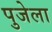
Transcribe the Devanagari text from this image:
पुजेला